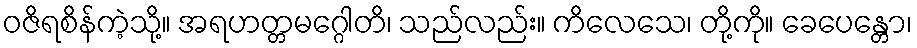
ဝဇိရစိန်ကဲ့သို့။ အရဟတ္တမဂ္ဂေါတိ၊ သည်လည်း။ ကိလေသေ၊ တို့ကို။ ခေပေန္တော၊